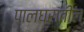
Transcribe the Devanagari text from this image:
पालघरातील